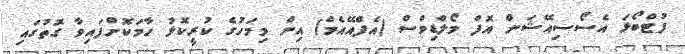
ފުުޓްބޯޅަ އެސޯސިއޭޝަން އޮފް މޯލްޑިވްސް (އެފްއޭއެމް) އިން މިމަހުގެ ކުރީކޮޅު ހާމަކޮށްފައިވާ ގޮތުގައި